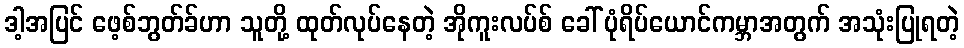
ဒါ့အပြင် ဖေ့စ်ဘွတ်ခ်ဟာ သူတို့ ထုတ်လုပ်နေတဲ့ အိုကူးလပ်စ် ခေါ် ပုံရိပ်ယောင်ကမ္ဘာအတွက် အသုံးပြုရတဲ့